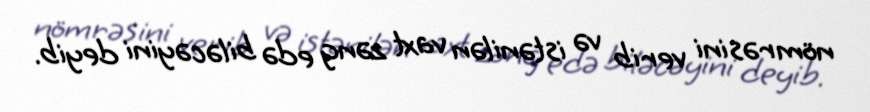
nömrəsini verib və istənilən vaxt zəng edə biləcəyini deyib.